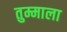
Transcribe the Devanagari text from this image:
तुम्माला